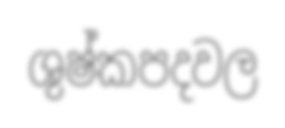
ශුෂ්කපදවල